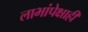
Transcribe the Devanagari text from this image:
लाभांपेक्षाही